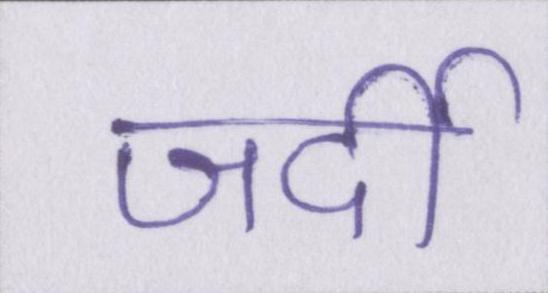
जर्दी